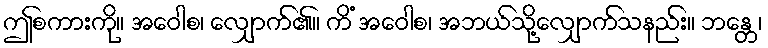
ဤစကားကို။ အဝေါစ၊ လျှောက်၏။ ကိံ အဝေါစ၊ အဘယ်သို့လျှောက်သနည်း။ ဘန္တေ၊